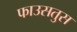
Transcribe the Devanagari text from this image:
फाउसतुस